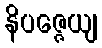
နိပဇ္ဇေယျ